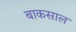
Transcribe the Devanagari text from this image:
बाकसाल